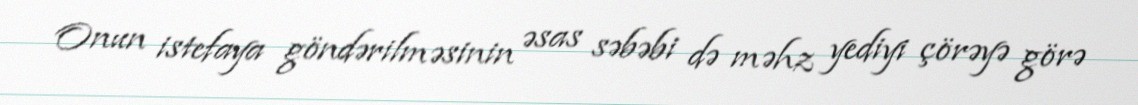
Onun istefaya göndərilməsinin əsas səbəbi də məhz yediyi çörəyə görə